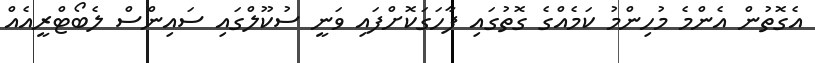
އެގޮތުން އެންމެ މުހިންމު ކަމެއްގެ ގޮތުގައި ފާހަގަކޮށްފައި ވަނީ ސުކޫލްގައި ސައިންސް ލެބޯޓްރީއެއް